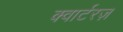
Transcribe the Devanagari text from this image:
क्वार्टरज़